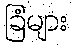
ခြံများ